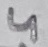
Text: 4